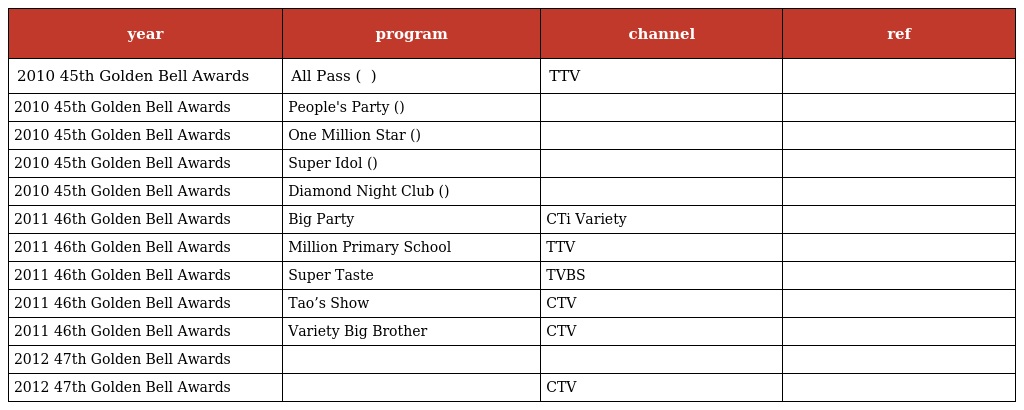
| year | program | channel | ref |
 | --- | --- | --- | --- |
 | 2010 45th Golden Bell Awards | All Pass ( 百萬小學堂 ) | TTV |  |
 | 2010 45th Golden Bell Awards | People's Party (全民最大黨) |  |  |
 | 2010 45th Golden Bell Awards | One Million Star (超級星光大道) |  |  |
 | 2010 45th Golden Bell Awards | Super Idol (超級偶像) |  |  |
 | 2010 45th Golden Bell Awards | Diamond Night Club (鑽石夜總會) |  |  |
 | 2011 46th Golden Bell Awards | Big Party | CTi Variety |  |
 | 2011 46th Golden Bell Awards | Million Primary School | TTV |  |
 | 2011 46th Golden Bell Awards | Super Taste | TVBS |  |
 | 2011 46th Golden Bell Awards | Tao’s Show | CTV |  |
 | 2011 46th Golden Bell Awards | Variety Big Brother | CTV |  |
 | 2012 47th Golden Bell Awards |  |  |  |
 | 2012 47th Golden Bell Awards | 超級模王大道 | CTV |  |